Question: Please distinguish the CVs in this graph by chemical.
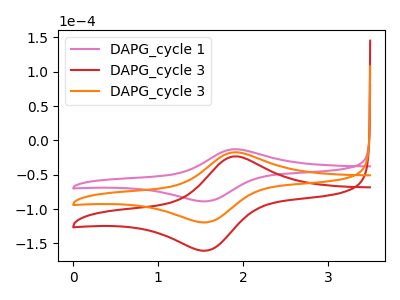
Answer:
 <answer>The pink curve is labeled "DAPG_cycle 1". The red curve is labeled "DAPG_cycle 3". The orange curve is labeled "DAPG_cycle 3".</answer>
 <eval></eval>